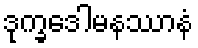
ဒုက္ခဒေါမနဿာနံ